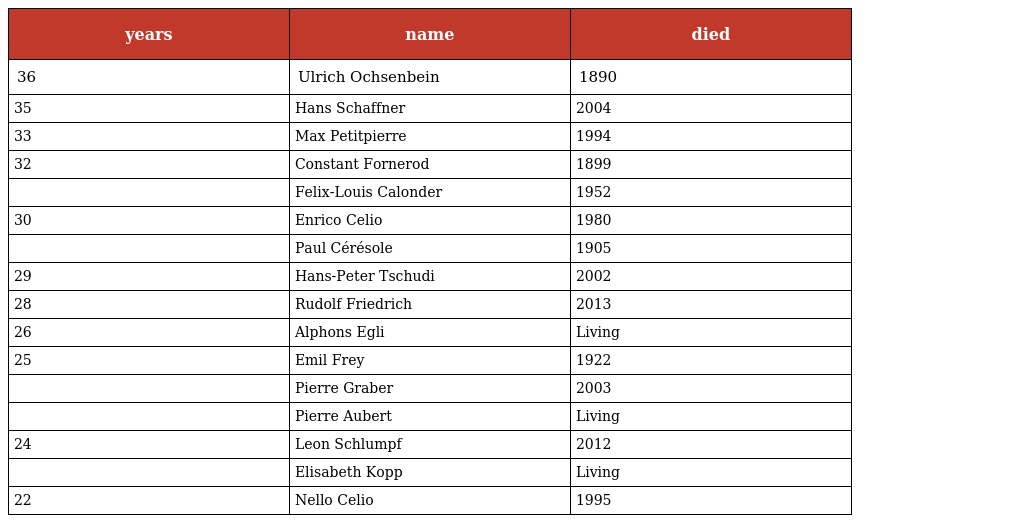
| years | name | died |
 | --- | --- | --- |
 | 36 | Ulrich Ochsenbein | 1890 |
 | 35 | Hans Schaffner | 2004 |
 | 33 | Max Petitpierre | 1994 |
 | 32 | Constant Fornerod | 1899 |
 |  | Felix-Louis Calonder | 1952 |
 | 30 | Enrico Celio | 1980 |
 |  | Paul Cérésole | 1905 |
 | 29 | Hans-Peter Tschudi | 2002 |
 | 28 | Rudolf Friedrich | 2013 |
 | 26 | Alphons Egli | Living |
 | 25 | Emil Frey | 1922 |
 |  | Pierre Graber | 2003 |
 |  | Pierre Aubert | Living |
 | 24 | Leon Schlumpf | 2012 |
 |  | Elisabeth Kopp | Living |
 | 22 | Nello Celio | 1995 |